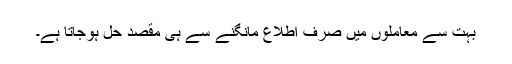
بہت سے معاملوں میں صرف اطلاع مانگنے سے ہی مقصد حل ہوجاتا ہے۔